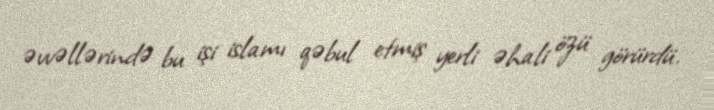
əvvəllərində bu işi islamı qəbul etmiş yerli əhali özü görürdü.